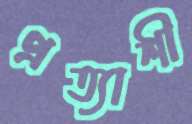
প্রত্যাশী